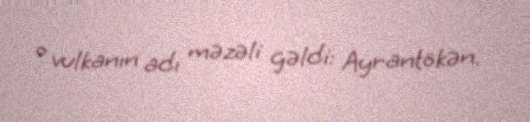
o vulkanın adı məzəli gəldi: Ayrantökən.